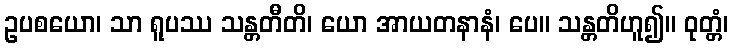
ဥပစယော၊ သာ ရူပဿ သန္တတီတိ၊ ယော အာယတနာနံ၊ ပေ။ သန္တတိဟူ၍။ ဝုတ္တံ၊